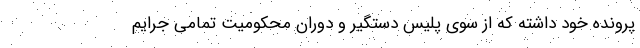
پرونده خود داشته که از سوی پلیس دستگیر و دوران محکومیت تمامی جرایم